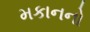
મકાનનો